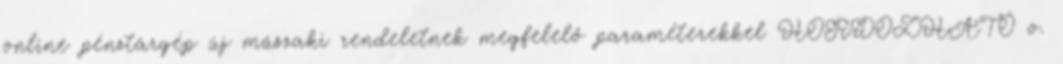
online pénztárgép új műszaki rendeletnek megfelelő paraméterekkel HORDOZHATÓ o.